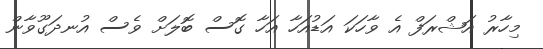
މިހާރު އަޝްރަފް އެ ވާހަކަ އަޑުއަހާ އަހާ ގޮސް ބޮލަށް ވެސް އުނދަގޫވާން